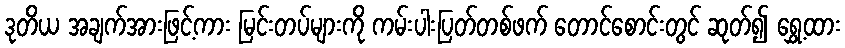
ဒုတိယ အချက်အားဖြင့်ကား မြင်းတပ်များကို ကမ်းပါးပြတ်တစ်ဖက် တောင်စောင်းတွင် ဆုတ်၍ ရွှေ့ထား